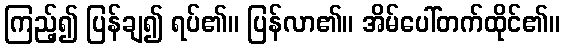
ကြည့်၍ ပြန်ချ၍ ရပ်၏။ ပြန်လာ၏။ အိမ်ပေါ်တက်ထိုင်၏။